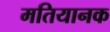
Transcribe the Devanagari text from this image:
मतियानक